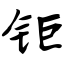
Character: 钜